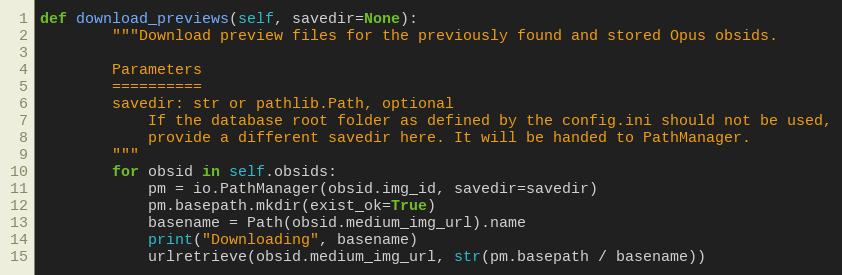
Language: Python
def download_previews(self, savedir=None):
        """Download preview files for the previously found and stored Opus obsids.

        Parameters
        ==========
        savedir: str or pathlib.Path, optional
            If the database root folder as defined by the config.ini should not be used,
            provide a different savedir here. It will be handed to PathManager.
        """
        for obsid in self.obsids:
            pm = io.PathManager(obsid.img_id, savedir=savedir)
            pm.basepath.mkdir(exist_ok=True)
            basename = Path(obsid.medium_img_url).name
            print("Downloading", basename)
            urlretrieve(obsid.medium_img_url, str(pm.basepath / basename))